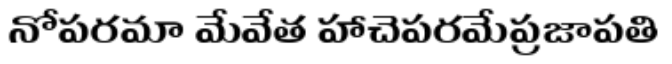
నోపరమా మేవేత హాచెపరమేప్రజాపతి